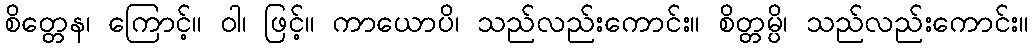
စိတ္တေန၊ ကြောင့်။ ဝါ၊ ဖြင့်။ ကာယောပိ၊ သည်လည်းကောင်း။ စိတ္တမ္ပိ၊ သည်လည်းကောင်း။